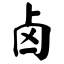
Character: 卤